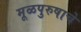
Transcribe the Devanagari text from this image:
मूळपुरुषाचे